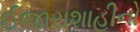
ઈજારાશાહીનો